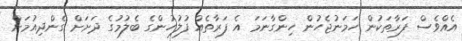
އެއްވެސް ފަރާތަކުން ހަމަނުޖެހުން ހިންގާނަމަ އެ ފަރާތެއް ފުލުހުންގެ ބެލުމުގެ ދަށަށް ގެންދިއުމަށް